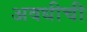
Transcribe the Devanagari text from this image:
अवधीची